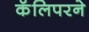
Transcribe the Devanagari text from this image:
कॅलिपरने